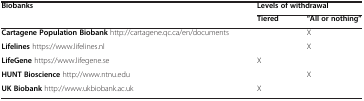
| Biobanks | <COLSPAN=2> Levels of withdrawal |
 |  | Tiered | “All or nothing” |
 | --- | --- | --- |
 | Cartagene Population Biobankhttp://cartagene.qc.ca/en/documents |  | X |
 | Lifelineshttps://www.lifelines.nl |  | X |
 | LifeGenehttps://www.lifegene.se | X |  |
 | HUNT Biosciencehttp://www.ntnu.edu |  | X |
 | UK Biobankhttp://www.ukbiobank.ac.uk | X |  |